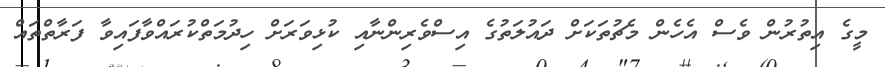
މީގެ އިތުރުން ވެސް އެހެން މެޗުތަކަށް ދައުލަތުގެ އިސްވެރިންނާއި ކުޅިވަރަށް ހިދުމަތްކުރައްވާފައިވާ ފަރާތްތައް